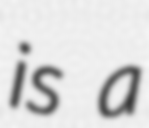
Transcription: is a